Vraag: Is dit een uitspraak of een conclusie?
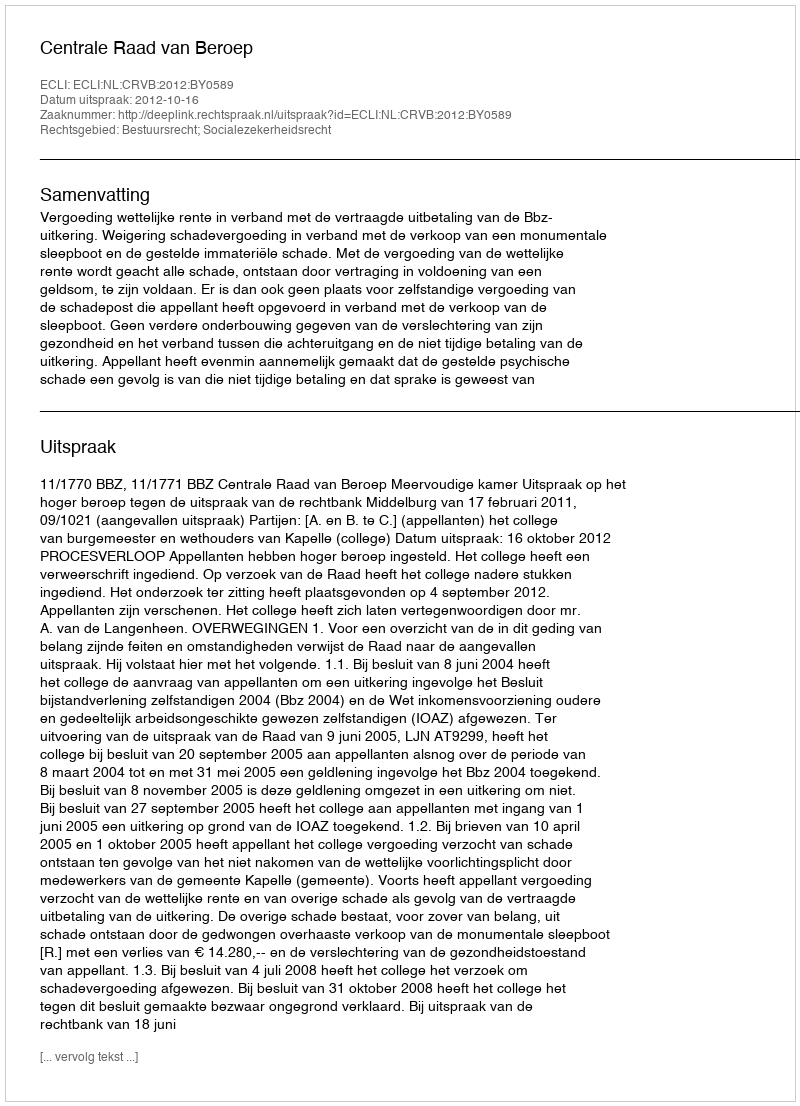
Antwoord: Uitspraak